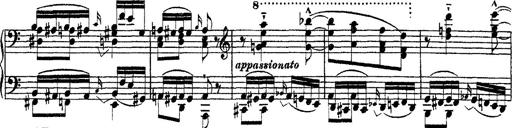
Title: Ã‰tudes d'exÃ©cution transcendante d'aprÃ¨s Paganini
Composer: Franz Liszt